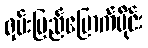
ရှမ်းပြည်မြောက်ပိုင်း